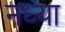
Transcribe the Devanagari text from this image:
नध्या